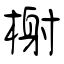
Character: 榭